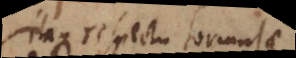
itaque respectu formulae